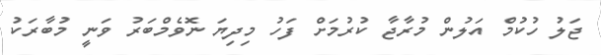
ޖަލު ހުކުމް އަލުން މުރާޖާ ކުރުމަށް ފަހު މިދިޔަ ނޮވެމްބަރު ވަނީ މުބާރަކު